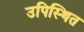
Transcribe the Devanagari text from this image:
उपिस्‍थित